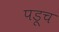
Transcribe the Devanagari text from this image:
पडूच